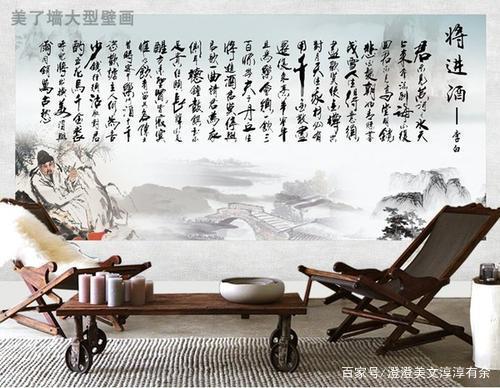
劝君更尽一杯酒，西出阳关无故人。